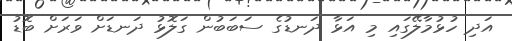
އަދި ހުޅުމާލޭގައި މި އަޅާ ދަނޑުގެ ސަބަބުން ގަލޮޅު ދަނޑަށް ވަރަށް ބޮޑު